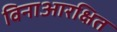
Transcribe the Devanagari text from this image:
विनाआरक्षित